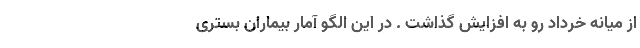
از میانه خرداد رو به افزایش گذاشت . در این الگو آمار بیماران بستری